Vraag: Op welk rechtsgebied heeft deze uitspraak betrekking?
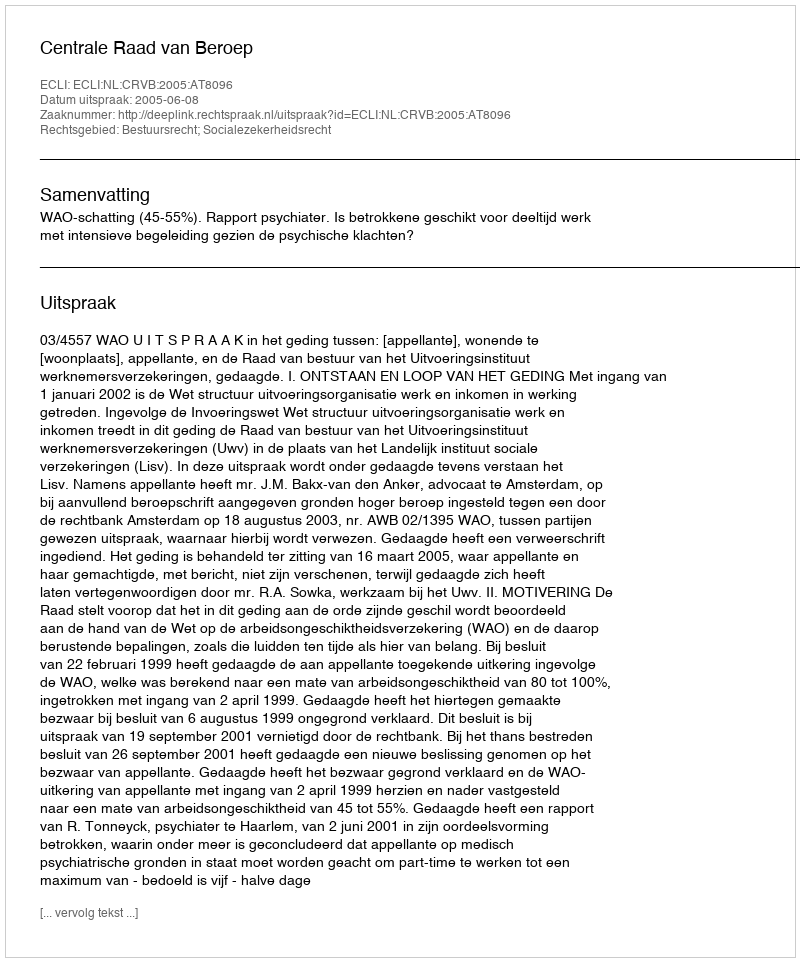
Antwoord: Bestuursrecht; Socialezekerheidsrecht